Report on enteric fever
Disease focus: Fever
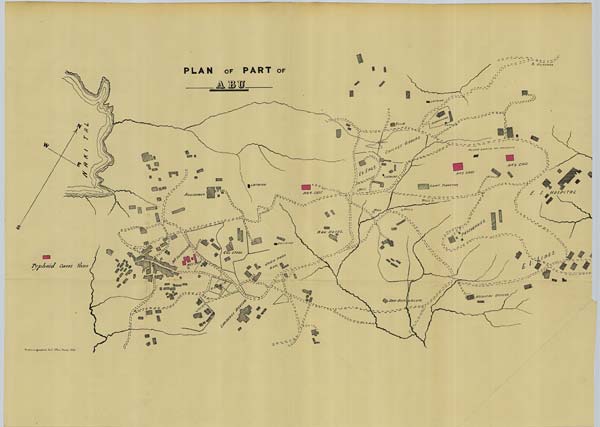
Photozincographed,
Govt. Office, Poona, 1883.